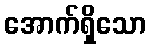
အောက်ရှိသော